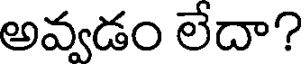
అవ్వడం లేదా?